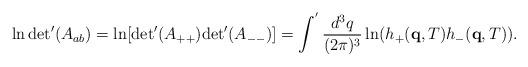
LaTeX: \begin{align*}\ln {\rm det}'(A_{ab}) = \ln [{\rm det}'(A_{++}) {\rm det}'(A_{--})] = \int^{'} \frac{d^3q}{(2\pi)^3} \ln( h_{+}({\bf q},T) h_{-}({\bf q},T) ) .\end{align*}